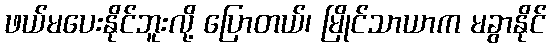
ဖယ်မပေးနိုင်ဘူးလို့ ပြောတယ်၊ မြိုင်သာယာက မခွာနိုင်